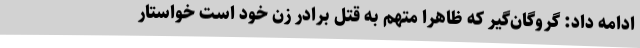
ادامه داد: گروگان‌گیر که ظاهرا متهم به قتل برادر زن خود است خواستار